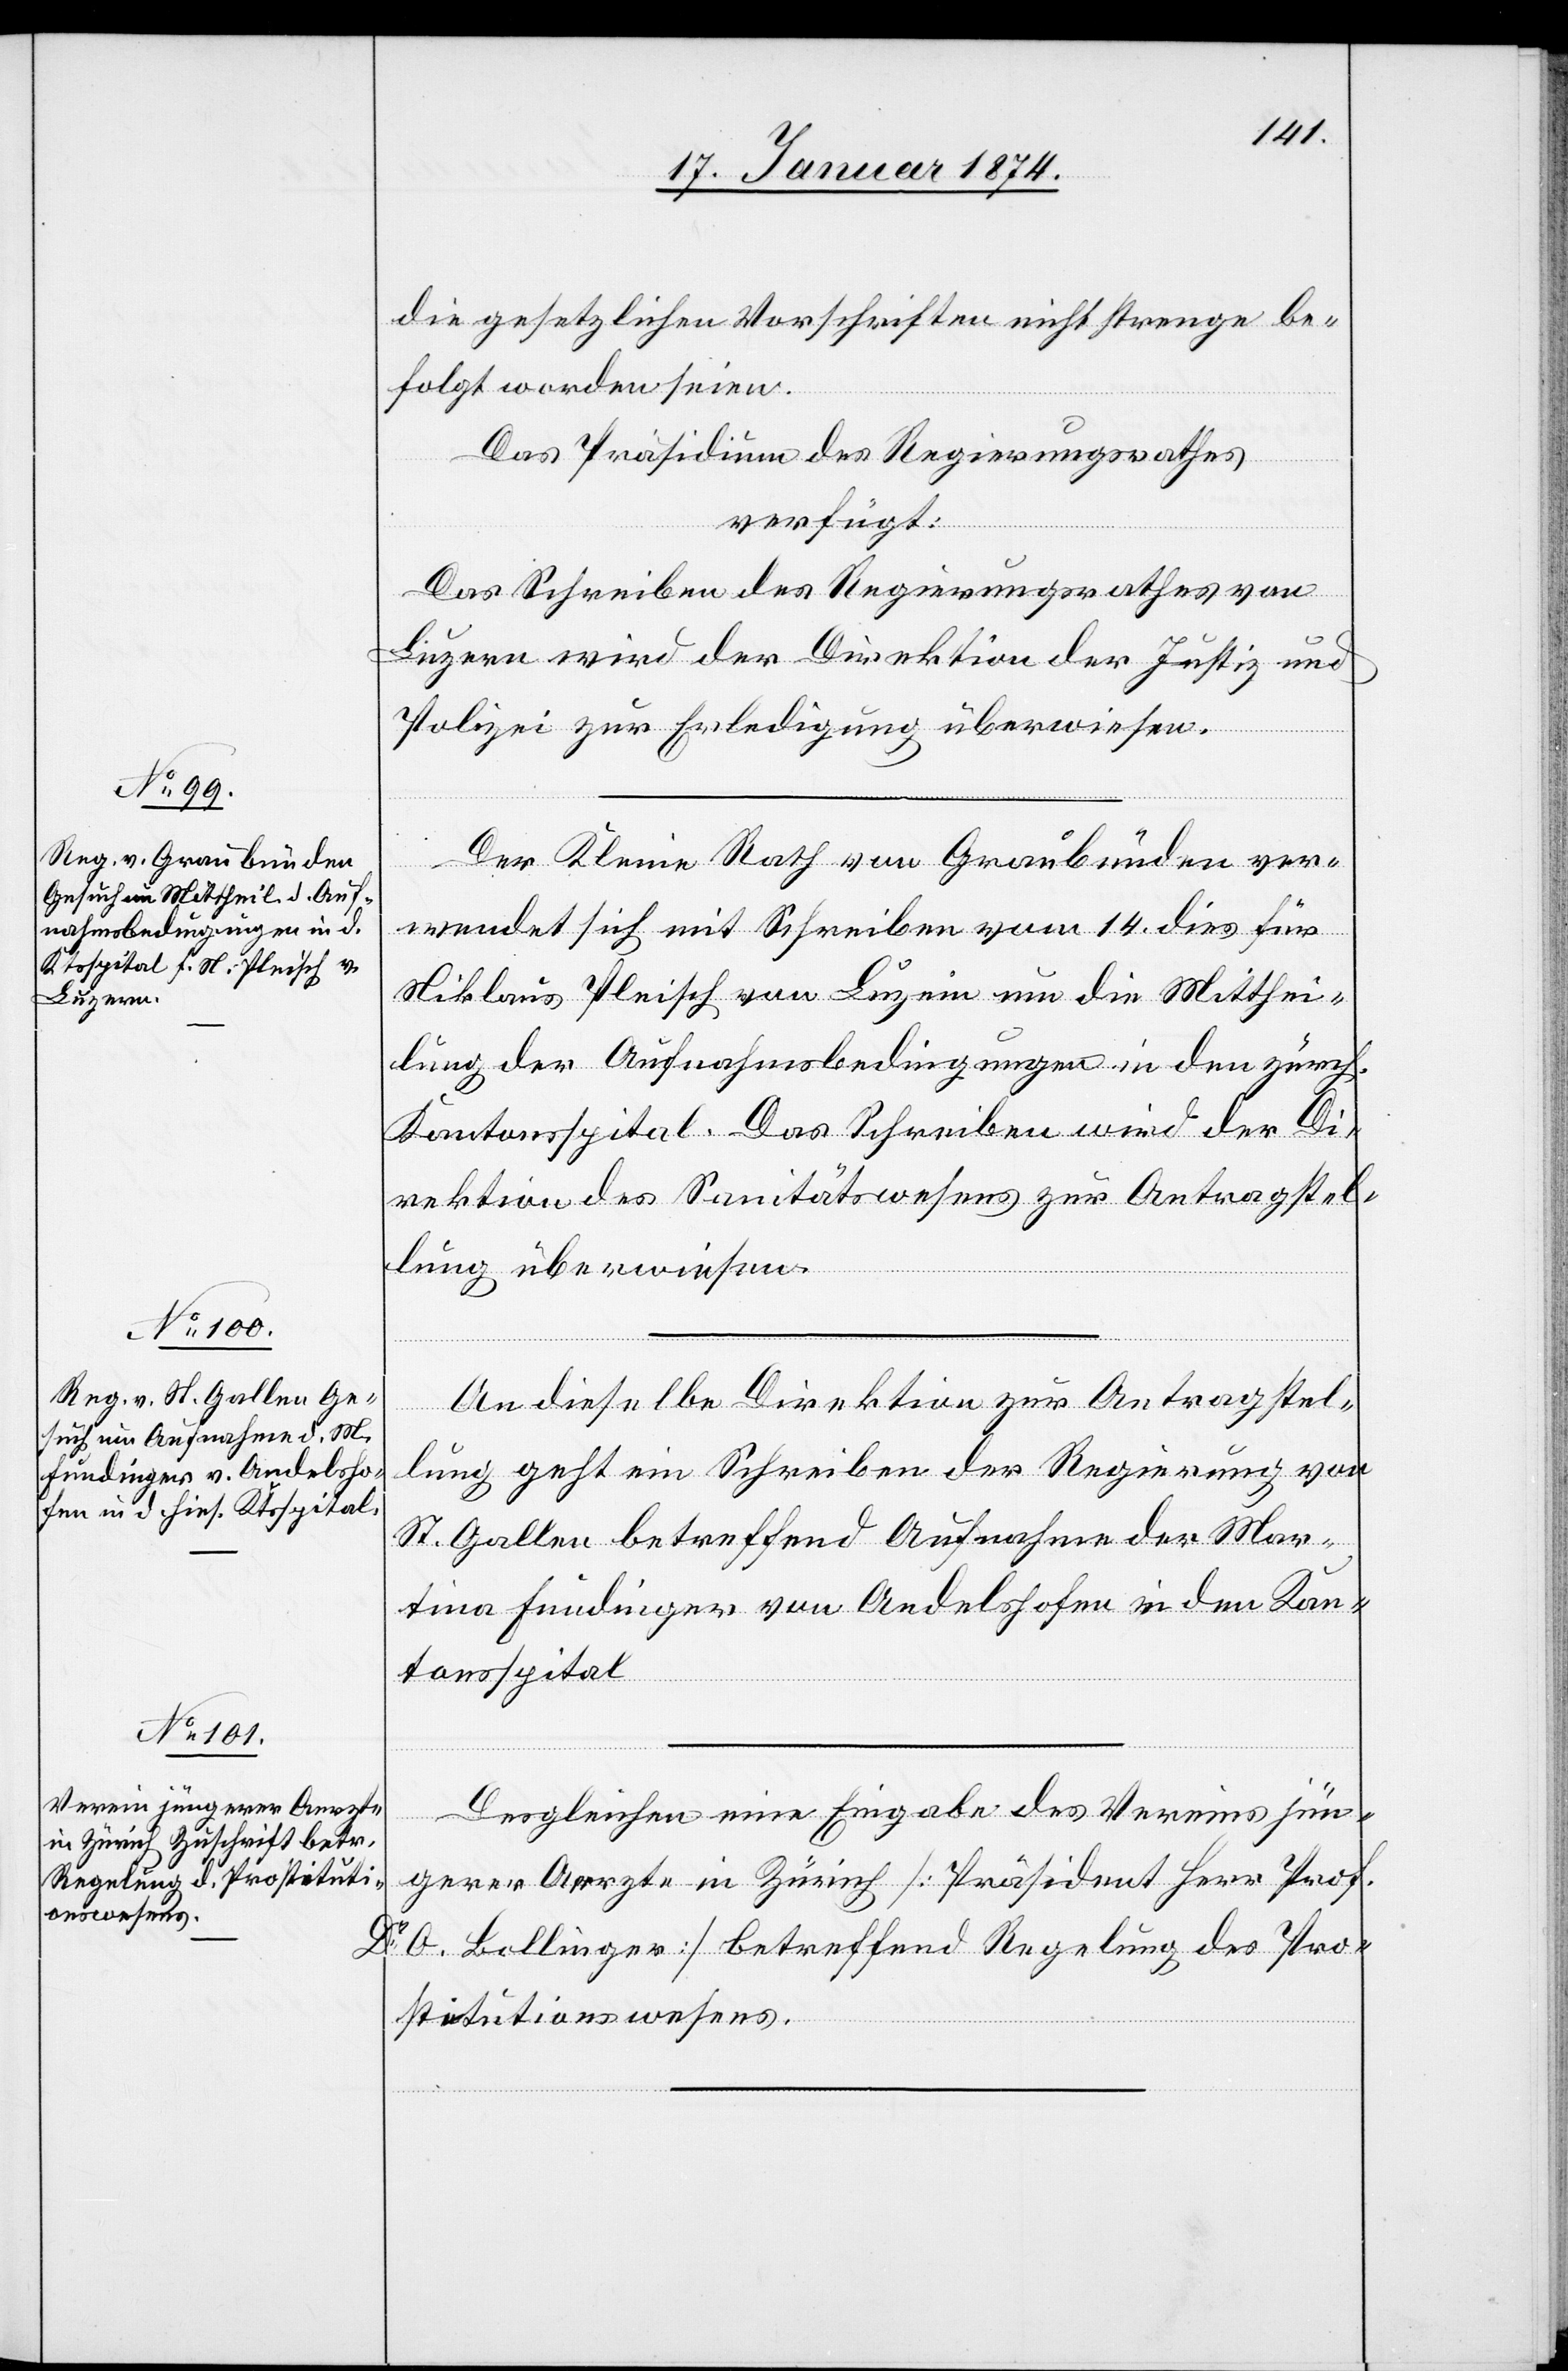
19.
die gesetzlichen Vorschriften nicht strenge be¬
folgt worden seien.
Das Präsidium des Regierungsrathes
verfügt:
Das Schreiben des Regierungsrathes von
Luzern wird der Direktion der Justiz und
Polizei zur Erledigung überwiesen.
Der Kleine Rath von Graubünden ver¬
Jenner
wendet sich mit Schreiben vom 14. dies für
Niklaus Pleisch von Luzein um die Mitthei¬
lung der Aufnahmsbedingungen in den zürch.
Kantonsspital. Das Schreiben wird der Di¬
rektion des Sanitätswesens zur Antragstel¬
lung überwiesen.
An dieselbe Direktion zur Antragstel¬
lung geht ein Schreiben der Regierung von
St. Gallen betreffend Aufnahme der Mar¬
tina Fundinger von Andelshofen in den Kan¬
tonsspital.
Desgleichen eine Eingabe des Vereins jün¬
gerer Aerzte in Zürich [Präsident Herr Prof.
Dr O. Bollinger] betreffend Regelung des Pro¬
stitutionswesens.